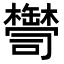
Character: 𦉠